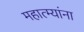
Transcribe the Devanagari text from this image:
महात्म्यांना